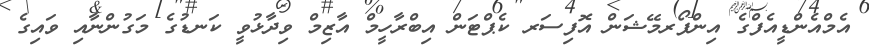
އެމްއެންޑީއެފްގެ އިންފޯރމޭޝަން އޮފިސަރ ކެޕްޓަން އިބްރާހީމް އާޒިމް ވިދާޅުވީ ކަނޑުގެ މަގުންނާއި ވައިގެ